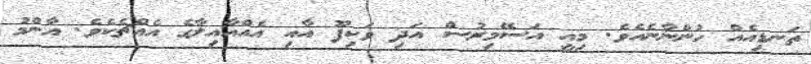
ތަނޑިއެއް ހުންނާނެއެވެ. މިއީ އަސޭމިރުސް އަދި ވަކިފޫ އާއި އެއްއާއިލާގެ އެއްޗެކެވެ. އާންމު